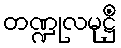
တဏ္ဍုလမုဋ္ဌိံ